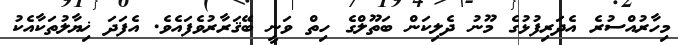
މިހާރުއްސުރެ އެދަރިފުޅުގެ މޫނު ދެލިކަން ބަތޫލްގެ ހިތް ވަނީ ބޭޤަރާރުވެފައެވެ. އެފަދަ ޚިޔާލުތަކާއެކު